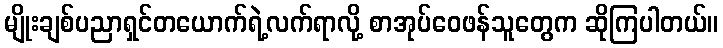
မျိုးချစ်ပညာရှင်တယောက်ရဲ့လက်ရာလို့ စာအုပ်ဝေဖန်သူတွေက ဆိုကြပါတယ်။